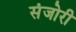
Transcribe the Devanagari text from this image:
संजोरी